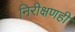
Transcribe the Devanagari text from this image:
निरीक्षणही